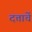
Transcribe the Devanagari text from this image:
दत्ताचें